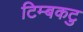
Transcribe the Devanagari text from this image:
टिम्बकटु